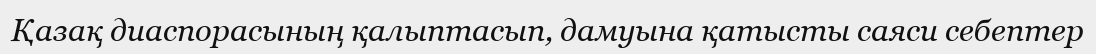
Қазақ диаспорасының қалыптасып, дамуына қатысты саяси себептер